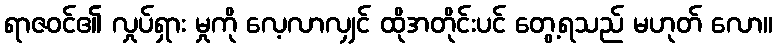
ရာဇဝင်၏ လှုပ်ရှား မှုကို လေ့လာလျှင် ထိုအတိုင်းပင် တွေ့ရသည် မဟုတ် လော။